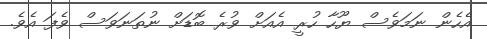
އެހެން ނަމަވެސް ޔޫހާ ހުރީ އެއަށް ވުރެ ބޮޑަށް ނުތަނަވަސް ވެފަ އެވެ.